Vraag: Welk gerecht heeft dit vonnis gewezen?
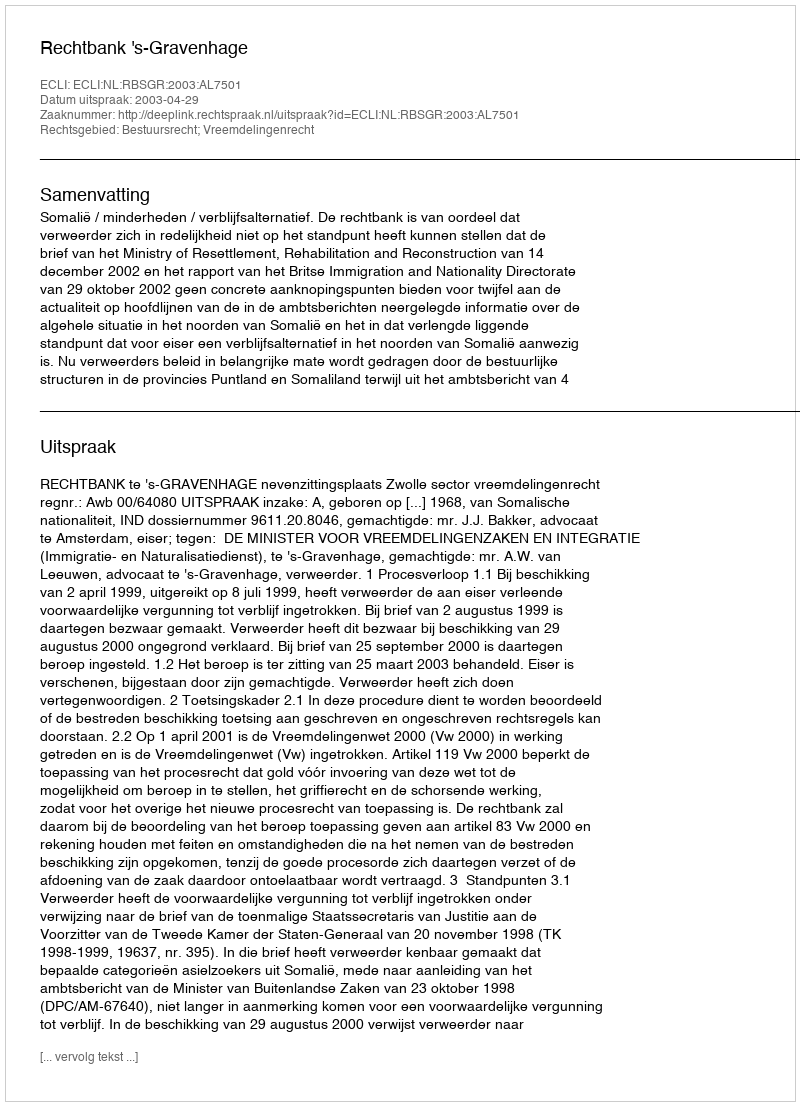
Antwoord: Rechtbank 's-Gravenhage